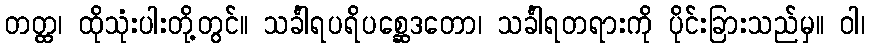
တတ္ထ၊ ထိုသုံးပါးတို့တွင်။ သင်္ခါရပရိပစ္ဆေဒတော၊ သင်္ခါရတရားကို ပိုင်းခြားသည်မှ။ ဝါ၊